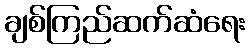
ချစ်ကြည်ဆက်ဆံရေး